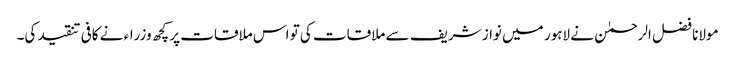
مولانا فضل الرحمٰن نے لاہور میں نواز شریف سے ملاقات کی تو اس ملاقات پر کچھ وزراء نے کافی تنقید کی۔